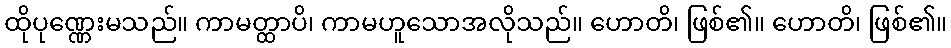
ထိုပုဏ္ဏေးမသည်။ ကာမတ္ထာပိ၊ ကာမဟူသောအလိုသည်။ ဟောတိ၊ ဖြစ်၏။ ဟောတိ၊ ဖြစ်၏။